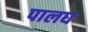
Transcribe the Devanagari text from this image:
पालघ